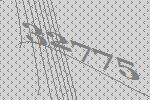
32775